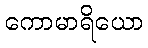
ကောမာရိယော